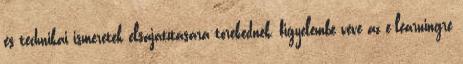
és technikai ismeretek elsajátítására törekednek, figyelembe véve az e-learningre